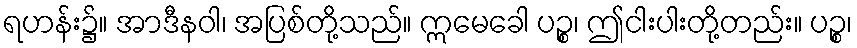
ရဟန်း၌။ အာဒီနဝါ၊ အပြစ်တို့သည်။ ဣမေခေါ ပဉ္စ၊ ဤငါးပါးတို့တည်း။ ပဉ္စ၊